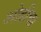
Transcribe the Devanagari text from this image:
ओढीचा